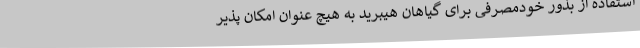
استفاده از بذور خودمصرفی برای گیاهان هیبرید به هیچ عنوان امکان پذیر